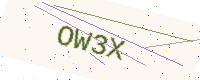
Text: OW3X